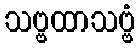
သဗ္ဗထာသဗ္ဗံ